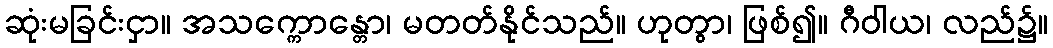
ဆုံးမခြင်းငှာ။ အသက္ကောန္တော၊ မတတ်နိုင်သည်။ ဟုတွာ၊ ဖြစ်၍။ ဂီဝါယ၊ လည်၌။